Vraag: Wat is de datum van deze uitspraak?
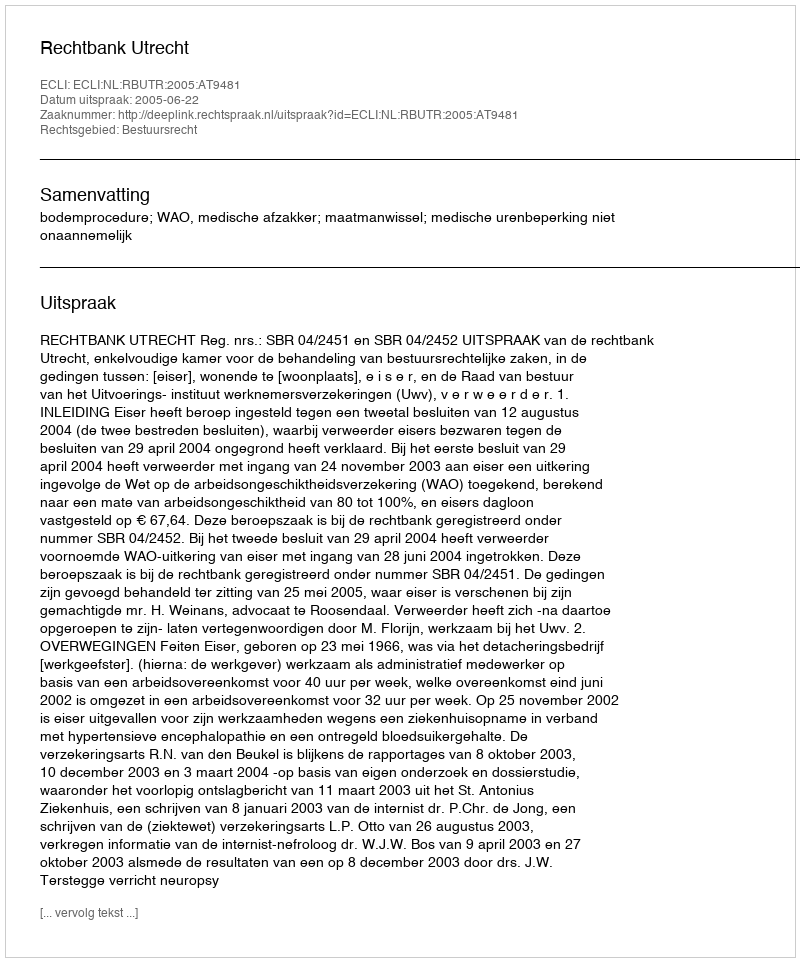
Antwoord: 2005-06-22